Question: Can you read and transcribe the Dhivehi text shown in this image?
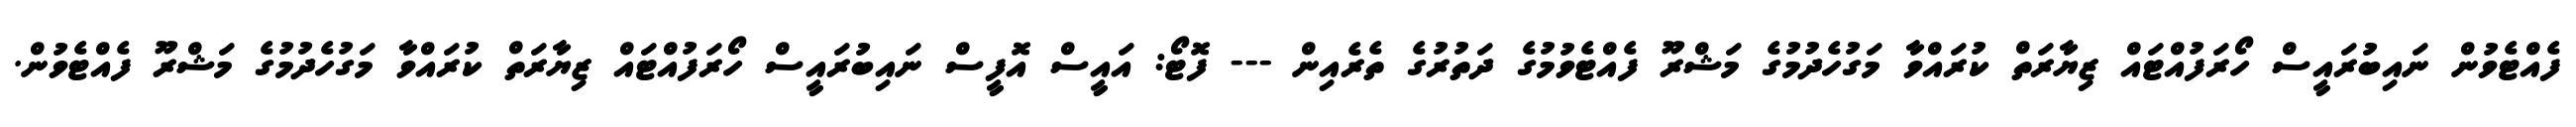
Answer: ފެއްޓެވުން ނައިބުރައީސް ހޯރަފުއްޓައް ޒިޔާރަތް ކުރައްވާ މަގުހެދުމުގެ މަޝްރޫ ފެއްޓެވުމުގެ ދަތުރުގެ ތެރެއިން --- ފޮޓޯ: އައީސް އޮފީސް ނައިބުރައީސް ހޯރަފުއްޓައް ޒިޔާރަތް ކުރައްވާ މަގުހެދުމުގެ މަޝްރޫ ފެއްޓެވުން.